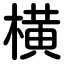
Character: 横